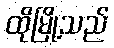
ထိုမြို့သည်